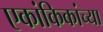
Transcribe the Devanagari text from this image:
एकांकिकांच्या